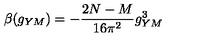
\beta ( g _ { Y M } ) = - \frac { 2 N - M } { 1 6 \pi ^ { 2 } } g _ { Y M } ^ { 3 }